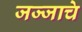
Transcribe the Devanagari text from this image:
जज्जाचे